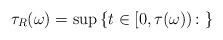
LaTeX: \begin{align*} \tau_R(\omega) = \sup \left\{ t \in [0,\tau(\omega)) \colon \right\}\end{align*}